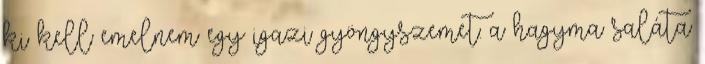
ki kell emelnem egy igazi gyöngyszemet: a hagyma saláta